Resolution. No. 1369 Ex.
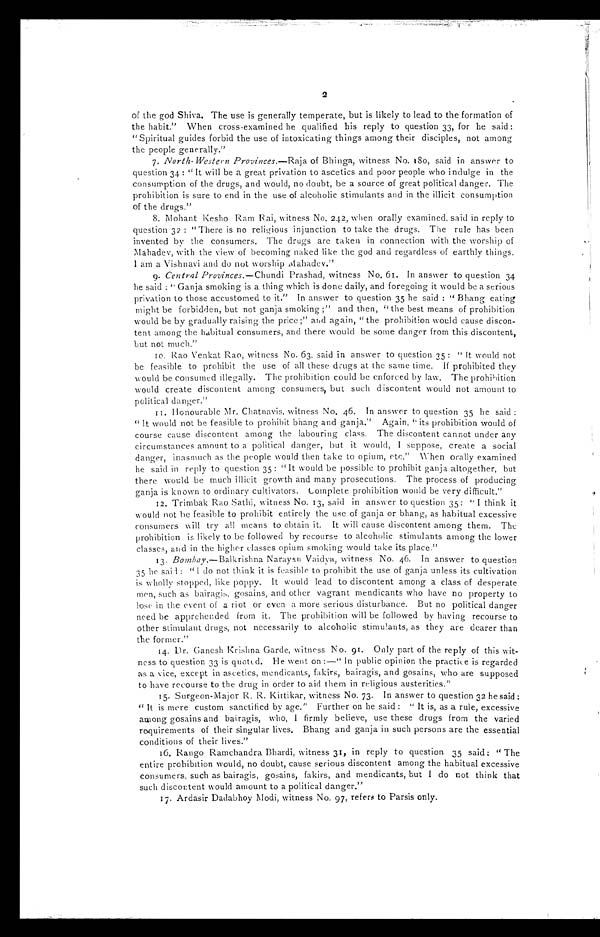
2
of the god Shiva. The use is generally temperate, but is likely to lead to the formation of
the habit." When cross-examined he qualified his reply to question 33, for he said :
"Spiritual guides forbid the use of intoxicating things among their disciples, not among
the people generally."
7. North-Western Provinces.—Raja of Bhinga, witness No. 180, said in answer to
question 34 : " It will be a great privation to ascetics and poor people who indulge in the
consumption of the drugs, and would, no doubt, be a source of great political danger. The
prohibition is sure to end in the use of alcoholic stimulants and in the illicit consumption
of the drugs."
8.
Mohant Kesho Ram Rai, witness No. 242, when orally examined, said in reply to
question 32 : " There is no religious injunction to take the drugs. The rule has been
invented by the consumers. The drugs are taken in connection with the worship of
Mahadev, with the view of becoming naked like the god and regardless of earthly things.
I am a Vishnavi and do not worship Mahadev."
9. Central Provinces.— Chundi Prashad, witness No. 61. In answer to question 34
h e s a i d : " G a n j a s mo k i n g i s a t h i n g w h i c h i s d o n e d a i l y , a n d f o r e g o i n g i t w o u l d b e a s e r i o u s
privation to those accustomed to it." In answer to question 35 he said : " Bhang eating
might be forbidden, but not ganja smoking ;" and then, "the best means of prohibition
would be by gradually raising the price ;" and again, "the prohibition would cause discon-
tent among the habitual consumers, and there would be some danger from this discontent,
but not much."
10. Rao Venkat Rao, witness No. 63, said in answer to question 35: "It would not
be feasible to prohibit the use of all these drugs at the same time. If prohibited they
would be consumed illegally. The prohibition could be enforced by law. The prohibition
would create discontent among consumers, but such discontent would not amount to
political danger."
11. Honourable Mr. Chatnavis, witness No. 46. In answer to question 35 he said
: "It would not be feasible to prohibit bhang and ganja." Again, its prohibition would of
course cause discontent among the labouring class. The discontent cannot under any
circumstances amount to a political danger, but it would, I suppose, create a social
danger, inasmuch as the people would then take to opium, etc." When orally examined
he said in reply to question 35: "It would be possible to prohibit ganja altogether, but
there would be much illicit growth and many prosecutions. The process of producing
ganja is known to ordinary cultivators. Complete prohibition would be very difficult."
12. Trimbak Rao Sathi, witness No. 13, said in answer to question 35 : "I think it
would not be feasible to prohibit entirely the use of ganja or bhang, as habitual excessive
consumers will try all means to obtain it. It will cause discontent among them. The
prohibition is likely to be followed by recourse to alcoholic stimulants among the lower
classes, and in the higher classes opium smoking would take its place."
13.
Bombay._Balkrishna Narayan Vaidva, witness No. 46. In answer to question
5 he sail: "I do not think it is feasible to prohibit the use of ganja unless its cultivation
is wholly stopped, like poppy. It would lead to discontent among a class of desperate
men, such as bairagis, gosains, and other vagrant mendicants who have no property to
lose in the event of a riot or even a more serious disturbance. But no political danger
need be apprehended from it. The prohibition will be followed by having recourse to
other stimulant drugs, not necessarily to alcoholic stimu!ants, as they are dearer than
the former."
14. Dr. Ganesh Krishna Garde, witness No. 91. Only part of the reply of this wit-
ness to question 33 is quoted. He went on :—"In public opinion the practice is regarded
as a vice, except in ascetics, mendicants, fakirs, bairagis, and gosains, who are supposed
to have recourse to the drug in order to aid them in religious austerities."
15. Surgeon-Major R. R. Kirtikar, witness No. 73. In answer to question 32 he said :
"It is mere custom sanctified by age." Further on he said: "It is, as a rule, excessive
among gosains and bairagis, who, I firmly believe, use these drugs from the varied
requirements of their singular lives. Bhang and ganja in such persons are the essential
conditions of their lives."
16. Rango Ramchandra Bhardi, witness 31, in reply to question 35 said: "The
entire prohibition would, no doubt, cause serious discontent among the habitual excessive
consumers, such as bairagis, gosains, fakirs, and mendicants, but I do not think that
such discontent would amount to a political danger."
17. Ardasir Dadabhoy Modi, witness No. 97, refers to Parsis only.